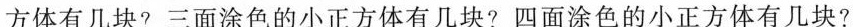
方体有几块?两面涂色的小正方体有几块?三面涂色的小正方体有几块?四面涂色的小正方体有几块?